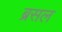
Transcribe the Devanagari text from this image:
ब्रसल